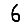
Digit: 6